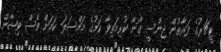
ޓީޗަރުގެ ފަރާތުން ޖިންސީ ގޯނާ ކުރިމަތިވާ ކަމުގެ މައްސަލަ ކަމަށް ވެސް ވިޝާން